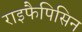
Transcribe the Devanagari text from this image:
राइफैपिसिन